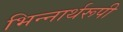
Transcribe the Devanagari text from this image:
भिन्‍नार्थरूपी